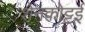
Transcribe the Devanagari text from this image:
शेनकोट्टई